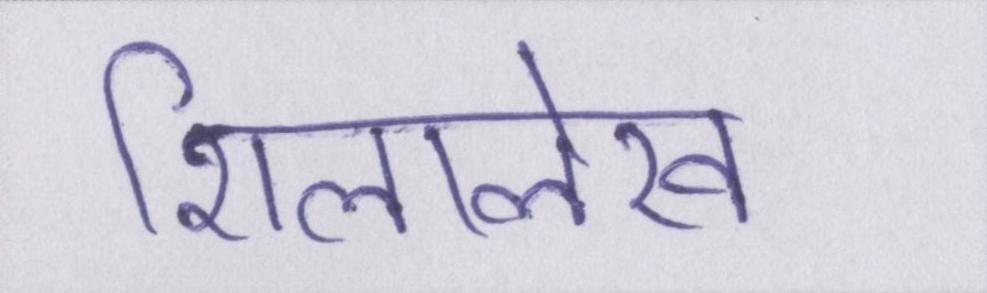
शिलालेख